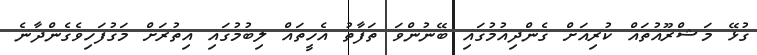
ގުޅޭ މަޝްރޫއުތައް ކުރިއަށް ގެންދިއުމުގައި ބޭނުންވަ ތަފާތު އެހީތައް ލިބުމުގައި އިތުރަށް މަގުފަހިވެގެންދާނެ